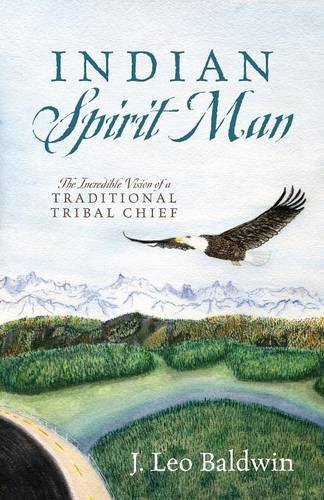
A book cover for Indian Spirit Man: The Incredible Vision of a Traditional Tribal Chief; J Leo Baldwin; Science & Math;